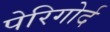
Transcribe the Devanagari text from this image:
पेरिगोर्द